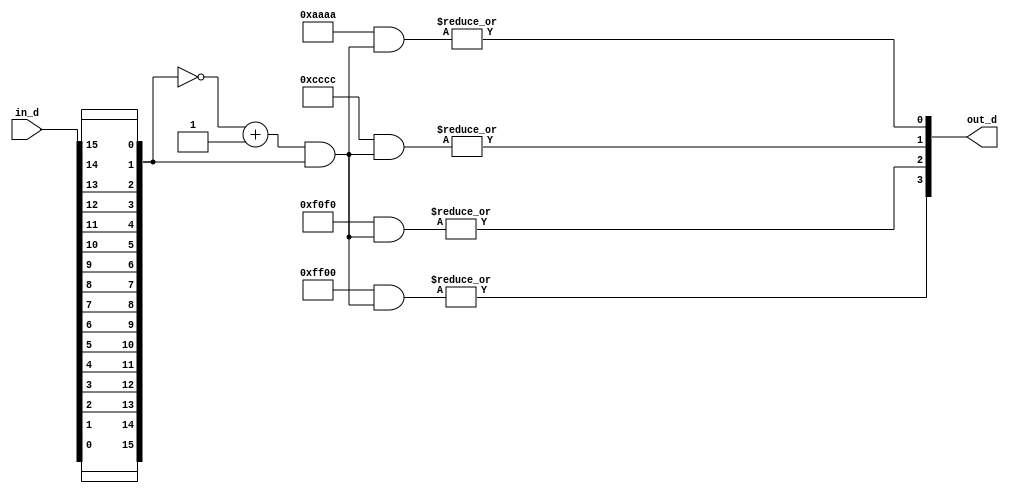
////////////////////////////////////////////////////////////////////////////////////////
// Project Code      : S_1006
// Project Name      : Floating Point IP Core
// Module Name       : Generic Leading Zero Detection
// Function          : Multiply the two floating point operands
////////////////////////////////////////////////////////////////////////////////////////

module generic_lead_zero_detect
       # ( parameter   DW = 16)
         (
           // ......................//
           // Input port declaration//
           // ......................//
             in_d    ,
           // .......................//
           // Output port declaration//
           // .......................//
             out_d
         );

  function integer clog2;
    input integer DW;
      begin
        clog2 = 0;
        while (DW > 0)
          begin
            DW    = DW >> 1  ;
            clog2 = clog2 +1 ;
          end
       end
   endfunction//clog2
  localparam IDX_W      = clog2(DW-1)  ;
///////////////////////////////////////////////////
//-----------------Input Declaration-------------//
///////////////////////////////////////////////////
  input  wire[DW-1:0]           in_d    ;
///////////////////////////////////////////////////
//-----------------Output Declaration------------//
///////////////////////////////////////////////////
  output wire [IDX_W-1:0]        out_d   ;
///////////////////////////////////////////////////
//-----------------Wire Declaration--------------//
///////////////////////////////////////////////////
  wire   [DW-1  :0]      one_hot         ;
  wire   [DW-1  :0]      in_d_rev        ;
  //wire   [IDX_W-1:0]     out_d_next      ;
  //compute the lead zero detect one hot value
  //Bit reverse logic assignment - Low area just wire assignment
  genvar d;
   generate
    for (d=0; d<DW; d=d+1)
      begin:bit_reverse
       assign in_d_rev[d] = in_d[(DW-1)-d];
      end
   endgenerate

   // Method -1
   //one hot computation
   assign one_hot       =  (~in_d_rev + {{DW-1{1'B0}},1'B1}) & in_d_rev ;

   //one hot to binary converter
    genvar id,idm;
      generate
       for (idm=0; idm<IDX_W; idm=idm+1)
         begin : idx_gen
           wire [DW-1:0] mask;
             for (id=0; id<DW; id=id+1)
             begin : id_gen
               assign mask[id] = id[idm];
             end
         assign out_d[idm] = |(mask & one_hot);
       end
    endgenerate

 endmodule //generic_lead_zero_detect